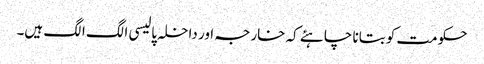
حکومت کو بتانا چاہئے کہ خارجہ اور داخلہ پالیسی الگ الگ ہیں۔